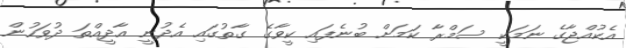
އެކުއްޖާގެ ނަމަކީ ސަމްރާ ކަމަށް ބުނެފައި ކީވާގެ ގާތުގައި އެދުނީ އާދީއްތަ ދުވަހުން